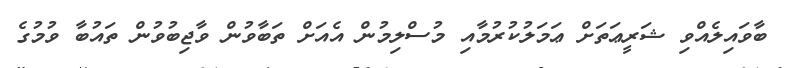
ބާވައިލެއްވި ޝަރީޢަތަށް ޢަމަލުކުރުމާއި މުސްލިމުން އެއަށް ތަބާވުން ވާޖިބުވުން ތައުބާ ވުމުގެ